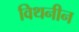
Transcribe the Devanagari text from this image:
विथनीन